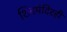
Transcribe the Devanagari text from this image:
शिवमंदिरही